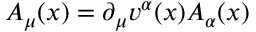
A _ { \mu } ( x ) = \partial _ { \mu } v ^ { \alpha } ( x ) A _ { \alpha } ( x )